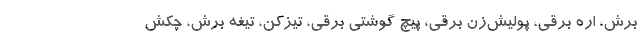
برش، اره برقی، پولیش‌زن برقی، پیچ گوشتی برقی، تیزکن، تیغه برش، چکش